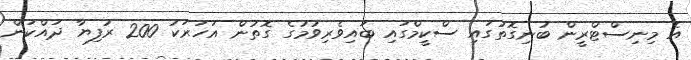
އެ މިނިސްޓްރީން ބުނިގޮތުގައި ސްކީމްގައި ބައިވެރިވުމުގެ ގޮތުން އަހަރަކު 200 ރުފިޔާ ދައްކަން